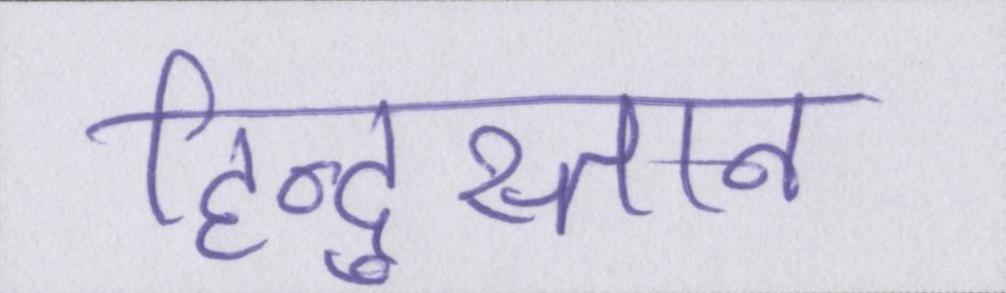
हिन्दुस्तान